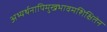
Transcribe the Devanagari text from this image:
अभ्यर्थनापिमुखभावमशिक्षितेन